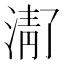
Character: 𬈚